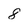
Character: 8